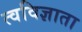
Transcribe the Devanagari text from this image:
त्वविज्ञाता